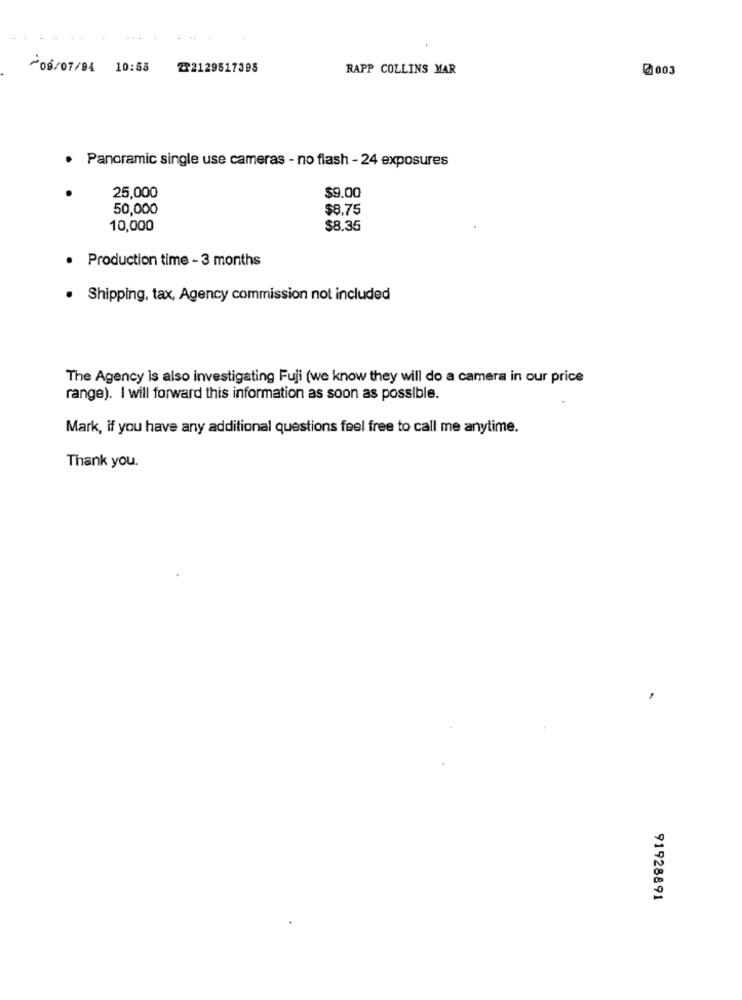
/08/07/04 10:55
232129517395
RAPP COLLINS MAR
@ 003
· Panoramic single use cameras - no flash - 24 exposures
25,000
$9.00
50,000
$8.75
10,000
$8.35
· Production time - 3 months
. Shipping, tax, Agency commission not included
The Agency is also investigating Fuji (we know they will do a camera in our price
range). I will forward this information as soon as possible.
Mark, if you have any additional questions feel free to call me anytime.
Thank you.
91928891